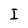
Character: I